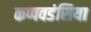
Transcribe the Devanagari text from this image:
कप्पवडंसिया